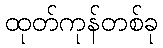
ထုတ်ကုန်တစ်ခု